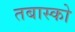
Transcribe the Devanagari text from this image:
तबास्को